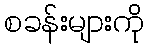
စခန်းများကို